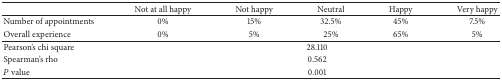
<table><thead><tr><td><b> </b></td><td><b>Not at all happy</b></td><td><b>Not happy</b></td><td><b>Neutral</b></td><td><b>Happy</b></td><td><b>Very happy</b></td></tr></thead><tbody><tr><td>Number of appointments</td><td>0%</td><td>15%</td><td>32.5%</td><td>45%</td><td>7.5%</td></tr><tr><td>Overall experience</td><td>0%</td><td>5%</td><td>25%</td><td>65%</td><td>5%</td></tr><tr><td>Pearson&#x27;s chi square</td><td colspan="5">28.110</td></tr><tr><td>Spearman&#x27;s rho</td><td colspan="5">0.562</td></tr><tr><td><i>P</i> value</td><td colspan="5">0.001</td></tr></tbody></table>